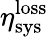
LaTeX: \eta_{\mathrm{sys}}^{\mathrm{loss}}